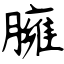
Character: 臃